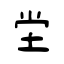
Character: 坣